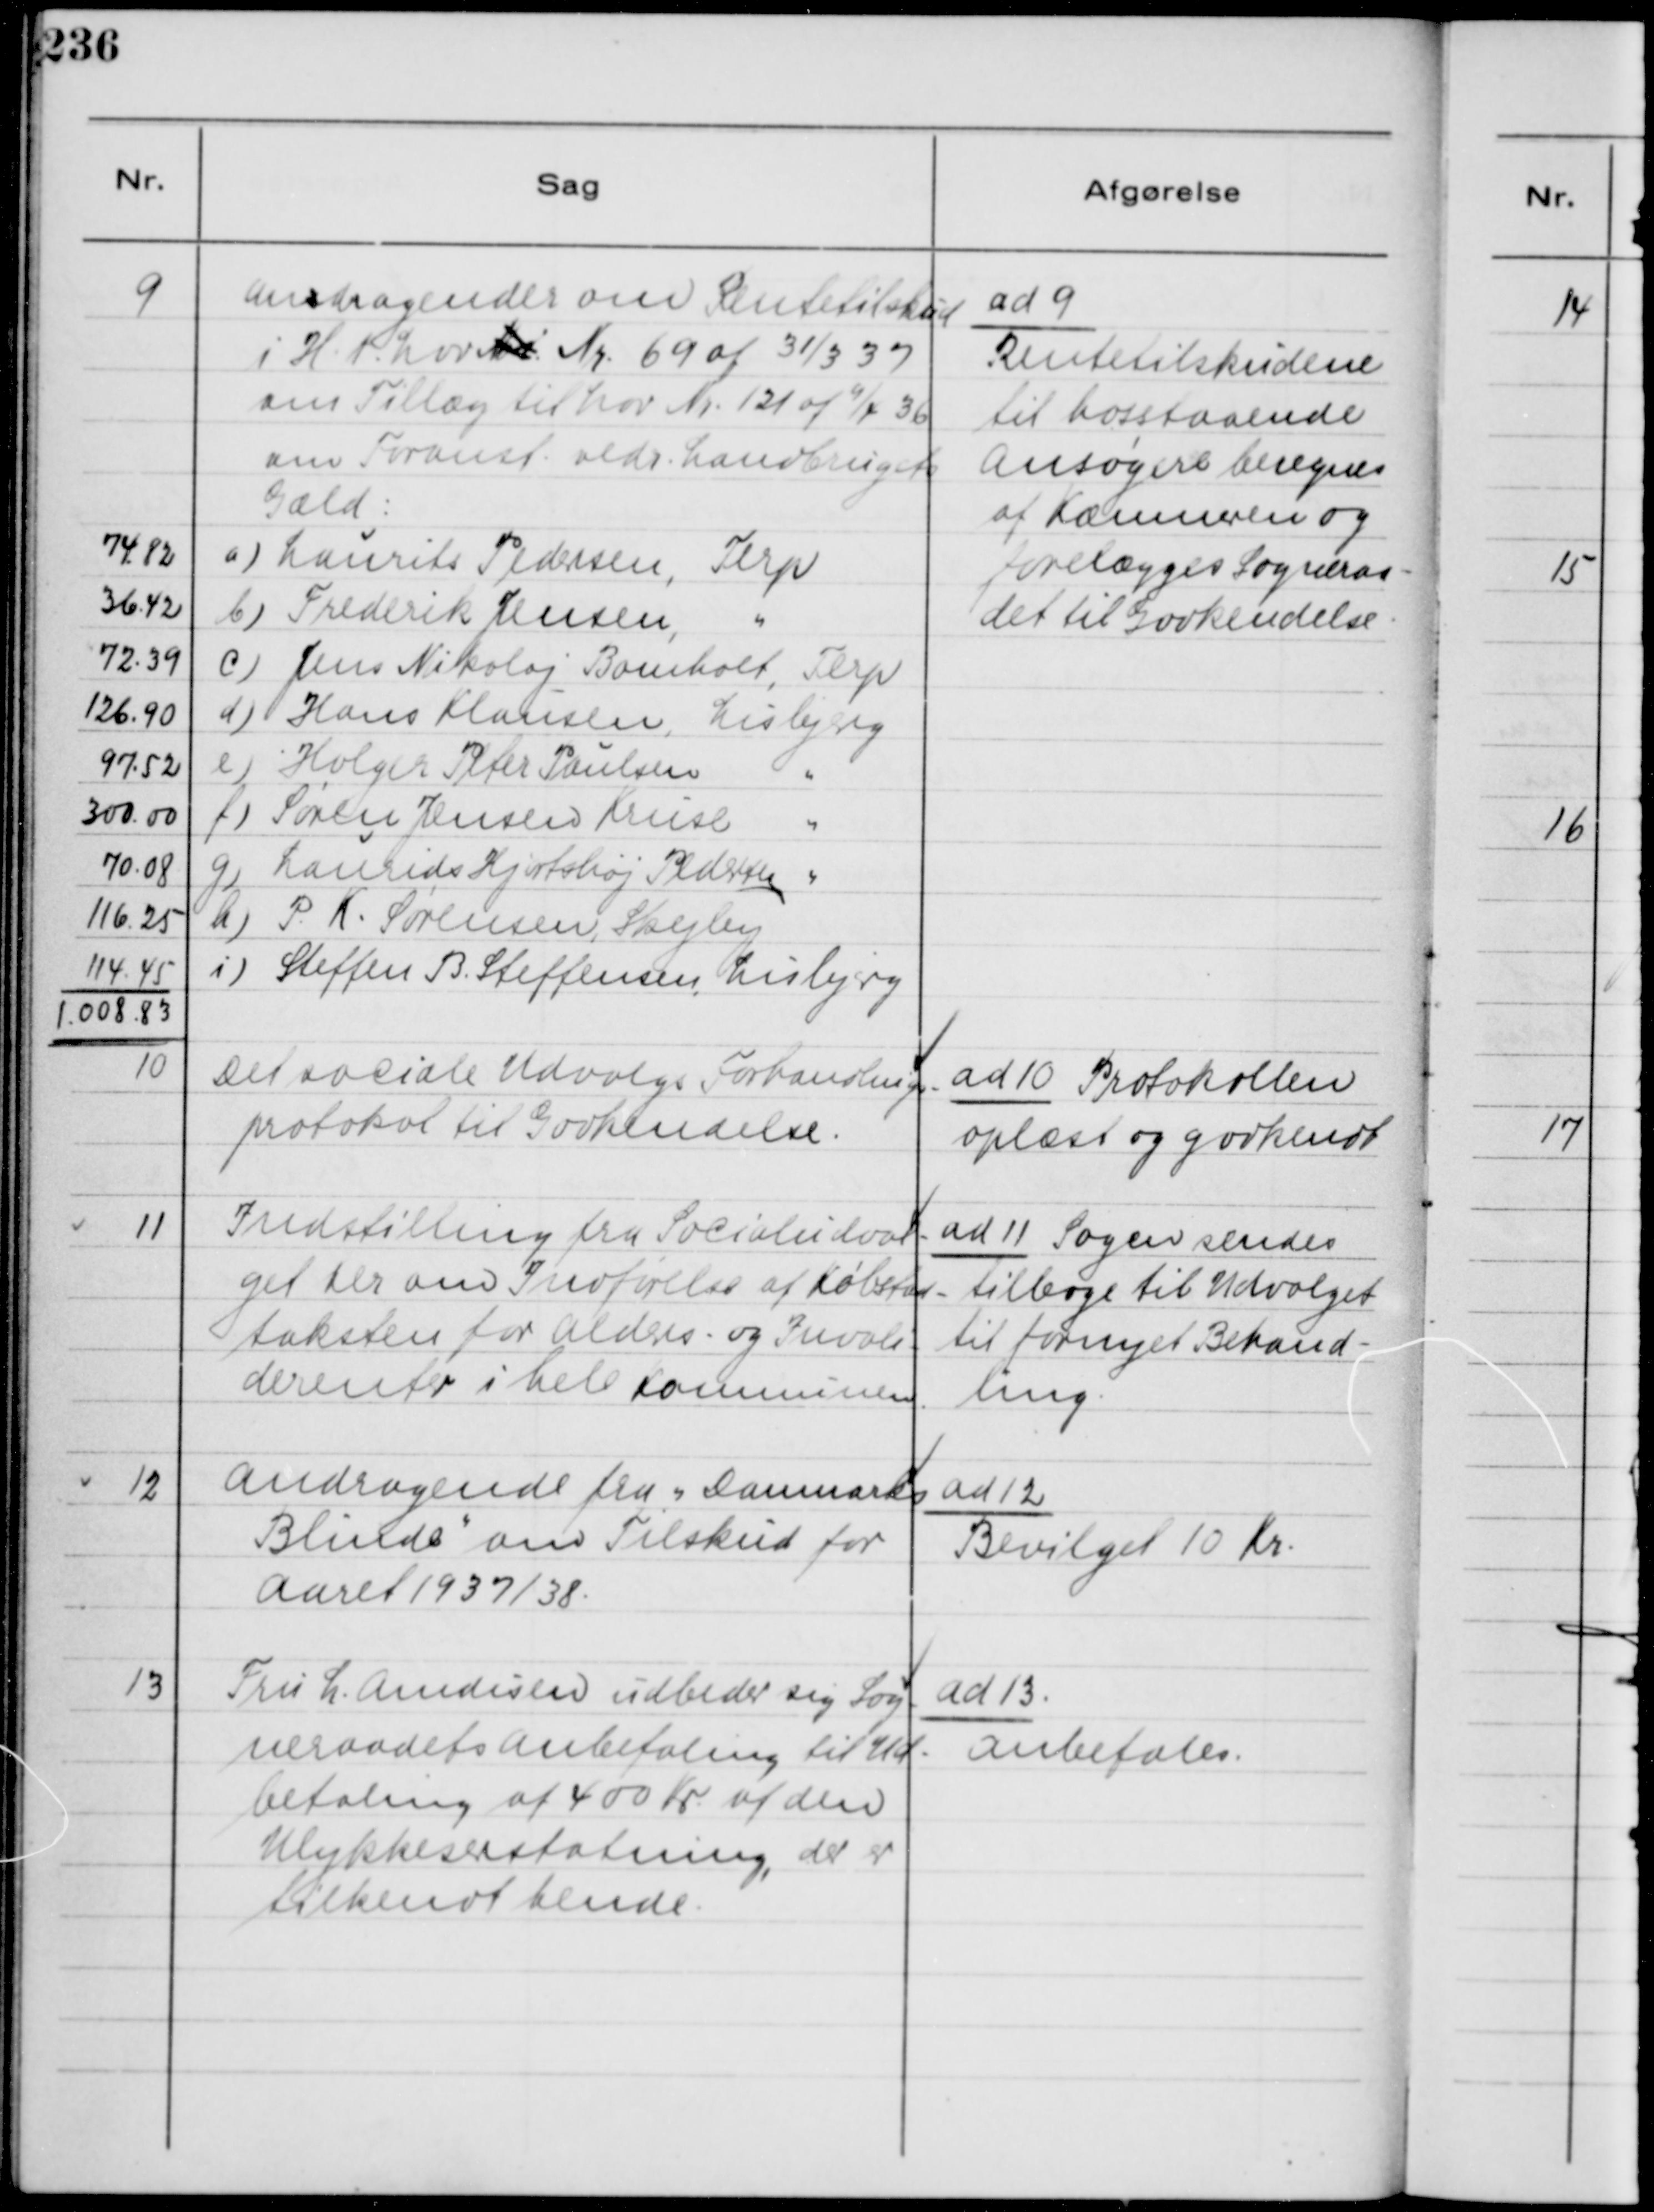
Transskription:
9
Ansdragender om Rentetilskud
i H. t. Lov Nr Nr. 69 af 31/3 37
om Tillæg til Lov Nr. 121 af 9/4 36
om Foranst. vedr. Landbrugets
Gæld:
74,82
a) Laurits Pedersen, Terp
36,42
b) Frederik Jensen, "
72,39
c) Jens Nikolaj Bomholt, Terp
126,90
d) Hans Klausen, Lisbjerg
97,52
e) Holger Peter Paulsen "
300,00
f) Søren Jensen Kruse "
70,08
g) Laurids Hjortshøj Pedersen "
116,25
h) P. K. Sørensen, Skejby
114,45
i) Steffen B. Steffensen, Lisbjerg
1.008,83

ad 9
Rentetilskudene
til hosstaaende
Ansøgere beregnes
af Kæmneren og
forelægges Sogneraa-
det til Gorkendelse.

10
Det sociale Udvalgs Forhandlings-
protokol til Godkendelse.

ad 10 Protokollen
oplæst og godkendt

11
Indstilling fra Socialudval-
get her om Indførelse af Købstad-
taksten for Alders- og Invali-
derenter i hele Kommunen.

ad 11 Sagen sendes
tilbage til Udvalget
til fornyet Behand-
ling.

12
Andragende fra "Danmarks
Blinde
"
 om Tilskud for
Aaret 1937/38.

ad 12
Bevilget 10 Kr.

13
Fru L. Amdissen udbeder sig Sog-
neraadets Anbefaling til Ud-
betaling af 400 Kr. af den
Ulykkeserstatning, der er
tilkendt hende.

ad 13.
Anbefales.